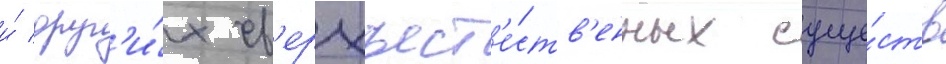
и́ друг'и́х св'ерхъест'е́ств'енных суще́ств